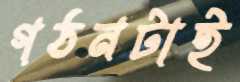
গঠনটাই